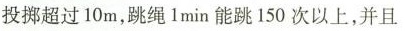
投掷超过10m，跳绳1min能跳150次以上，并且